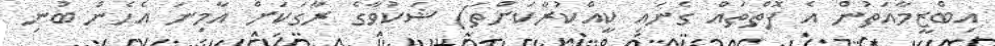
އިބްޒީމާއަތުން އެ ފޮތްތައް ގެނައި ކީއްކުރާކަށްތަ) ޝަކުވާގެ ރާގަކަށް އާމިނަ އެހެން ބުނި